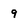
Character: 9